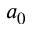
a _ { 0 }